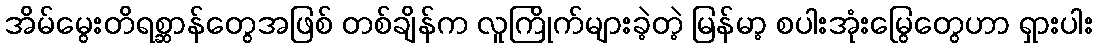
အိမ်မွေးတိရစ္ဆာန်တွေအဖြစ် တစ်ချိန်က လူကြိုက်များခဲ့တဲ့ မြန်မာ့ စပါးအုံးမြွေတွေဟာ ရှားပါး